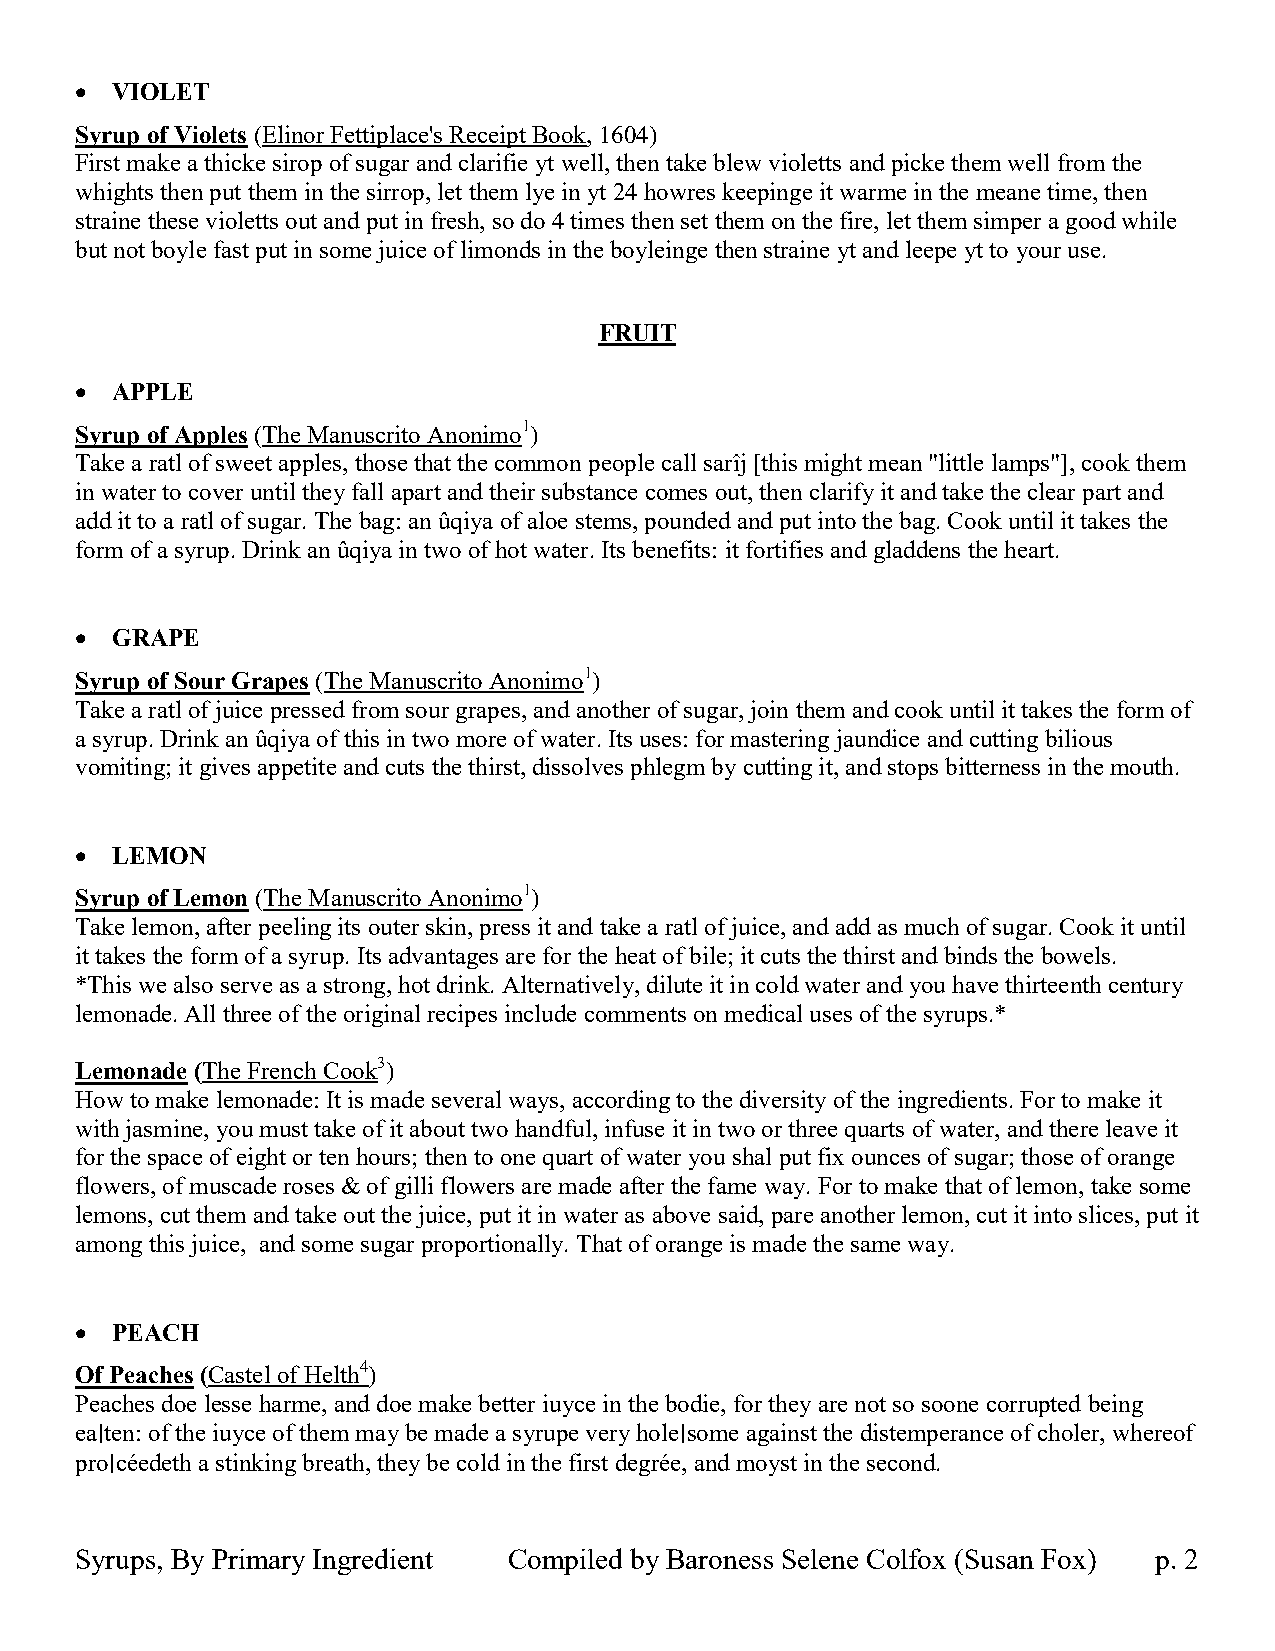
 VIOLET
 Syrup of Violets (Elinor Fettiplace's Receipt Book, 1604)
 First make a thicke sirop of sugar and clarifie yt well, then take blew violetts and picke them well from the
 whights then put them in the sirrop, let them lye in yt 24 howres keepinge it warme in the meane time, then
 straine these violetts out and put in fresh, so do 4 times then set them on the fire, let them simper a good while
 but not boyle fast put in some juice of limonds in the boyleinge then straine yt and leepe yt to your use.
 FRUIT
  APPLE
 Syrup of Apples (The Manuscrito Anonimo1)
 Take a ratl of sweet apples, those that the common people call sarîj [this might mean "little lamps"], cook them
 in water to cover until they fall apart and their substance comes out, then clarify it and take the clear part and
 add it to a ratl of sugar. The bag: an ûqiya of aloe stems, pounded and put into the bag. Cook until it takes the
 form of a syrup. Drink an ûqiya in two of hot water. Its benefits: it fortifies and gladdens the heart.
  GRAPE
 Syrup of Sour Grapes (The Manuscrito Anonimo1)
 Take a ratl of juice pressed from sour grapes, and another of sugar, join them and cook until it takes the form of
 a syrup. Drink an ûqiya of this in two more of water. Its uses: for mastering jaundice and cutting bilious
 vomiting; it gives appetite and cuts the thirst, dissolves phlegm by cutting it, and stops bitterness in the mouth.
  LEMON
 Syrup of Lemon (The Manuscrito Anonimo1)
 Take lemon, after peeling its outer skin, press it and take a ratl of juice, and add as much of sugar. Cook it until
 it takes the form of a syrup. Its advantages are for the heat of bile; it cuts the thirst and binds the bowels.
 *This we also serve as a strong, hot drink. Alternatively, dilute it in cold water and you have thirteenth century
 lemonade. All three of the original recipes include comments on medical uses of the syrups.*
 Lemonade (The French Cook3)
 How to make lemonade: It is made several ways, according to the diversity of the ingredients. For to make it
 with jasmine, you must take of it about two handful, infuse it in two or three quarts of water, and there leave it
 for the space of eight or ten hours; then to one quart of water you shal put fix ounces of sugar; those of orange
 flowers, of muscade roses & of gilli flowers are made after the fame way. For to make that of lemon, take some
 lemons, cut them and take out the juice, put it in water as above said, pare another lemon, cut it into slices, put it
 among this juice, and some sugar proportionally. That of orange is made the same way.
  PEACH
 Of Peaches (Castel of Helth4)
 Peaches doe lesse harme, and doe make better iuyce in the bodie, for they are not so soone corrupted being
 ea∣ten: of the iuyce of them may be made a syrupe very hole∣some against the distemperance of choler, whereof
 pro∣céedeth a stinking breath, they be cold in the first degrée, and moyst in the second.
 Syrups, By Primary Ingredient Compiled by Baroness Selene Colfox (Susan Fox) p. 2